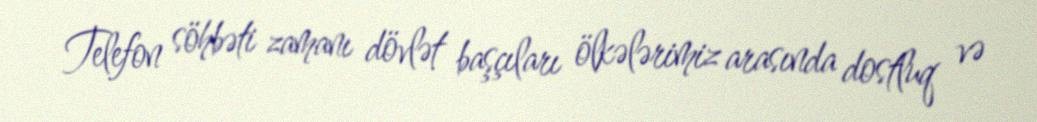
Telefon söhbəti zamanı dövlət başçıları ölkələrimiz arasında dostluq və